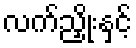
လက်ညှိုးနှင့်